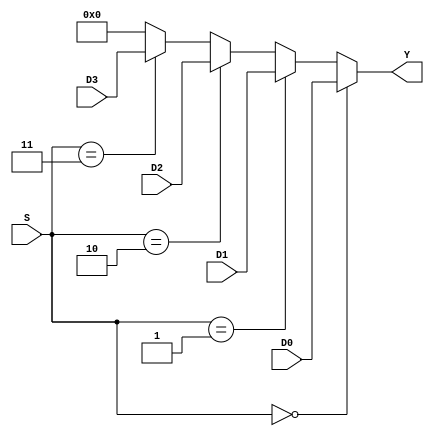
module multiplexer_4to1 (
    input [1:0] S, 
    input [31:0] D0,
    input [31:0] D1,
    input [31:0] D2,
    input [31:0] D3, 
    output [31:0]Y 
);
    assign Y = (S == 2'b00) ? D0 :
               (S == 2'b01) ? D1 :
               (S == 2'b10) ? D2 :
               (S == 2'b11) ? D3 : 4'b0;
endmodule